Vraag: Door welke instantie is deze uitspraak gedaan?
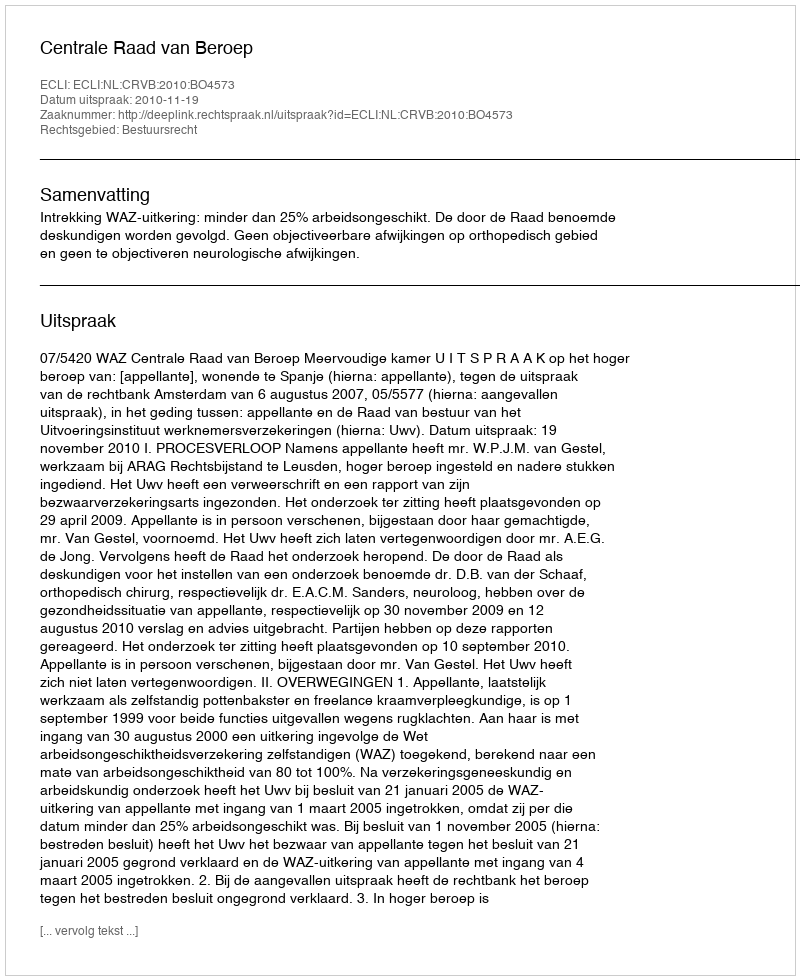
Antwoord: Centrale Raad van Beroep